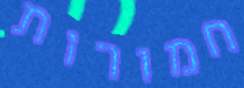
חמורות